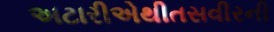
અટારીએથીતસવીરની